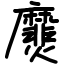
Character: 㸏